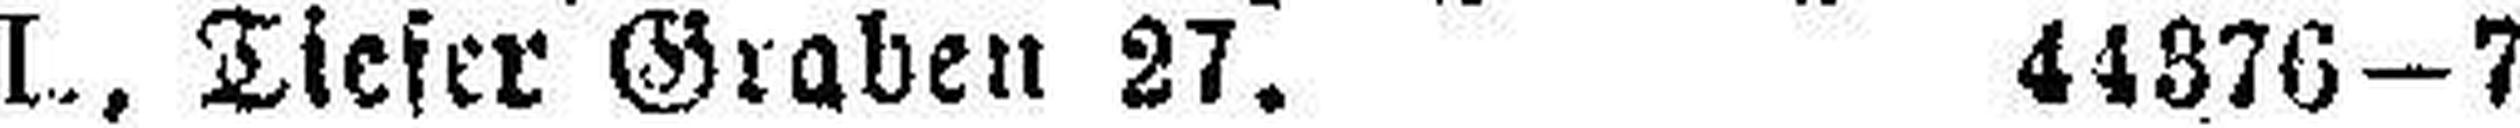
I., Tiefer Graben 27. 44376—7